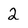
Character: 2